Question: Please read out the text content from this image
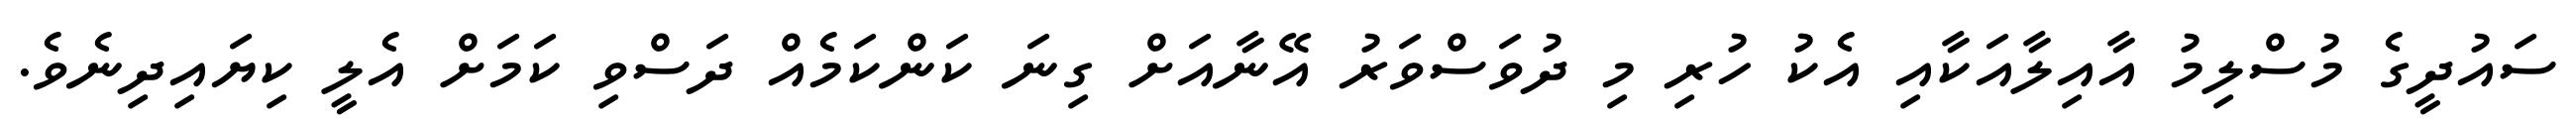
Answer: ސައުދީގެ މުސްލިމު އާއިލާއަކާއި އެކު ހުރި މި ދުވަސްވަރު އޭނާއަށް ގިނަ ކަންކަމެއް ދަސްވި ކަމަށް އެލީ ކިޔައިދިނެވެ.